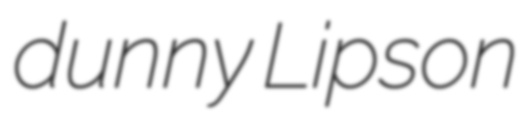
dunny Lipson